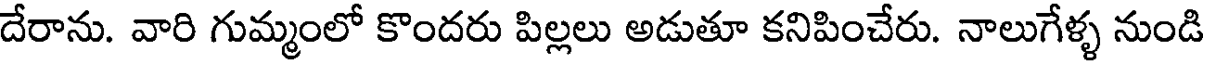
దేరాను. వారి గుమ్మంలో కొందరు పిల్లలు అడుతూ కనిపించేరు. నాలుగేళ్ళ నుండి